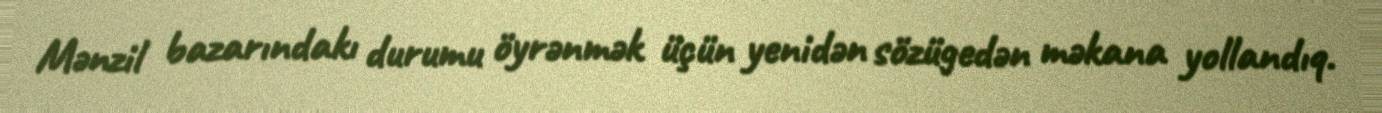
Mənzil bazarındakı durumu öyrənmək üçün yenidən sözügedən məkana yollandıq.